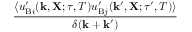
\begin{array} { r l r } { \lefteqn { \frac { \langle { u _ { \mathrm { { B } } i } ^ { \prime } ( { \bf { k } } , { \bf { X } } ; \tau , T ) u _ { \mathrm { { B } } j } ^ { \prime } ( { \bf { k } } ^ { \prime } , { \bf { X } } ; \tau ^ { \prime } , T ) } \rangle } { \delta ( { \bf { k } } + { \bf { k } } ^ { \prime } ) } } } \end{array}